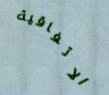
الاتفاقية